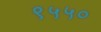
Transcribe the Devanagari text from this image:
९५५०